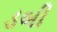
ડબી